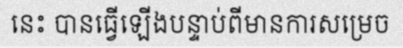
នេះ បានធ្វើឡើងបន្ទាប់ពីមានការសម្រេច